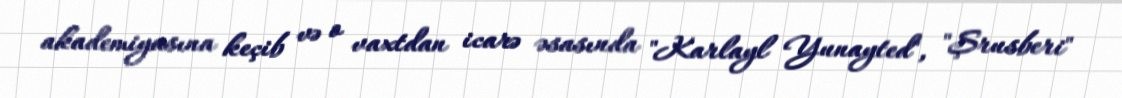
akademiyasına keçib və o vaxtdan icarə əsasında "Karlayl Yunayted", "Şrusberi"